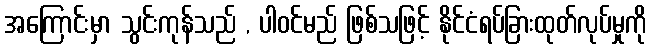
အကြောင်းမှာ သွင်းကုန်သည် , ပါဝင်မည် ဖြစ်သဖြင့် နိုင်ငံရပ်ခြားထုတ်လုပ်မှုကို